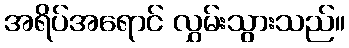
အရိပ်အရောင် လွှမ်းသွားသည်။